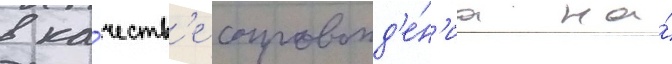
в ка́честв'е сопровожд'е́н'иа на́